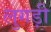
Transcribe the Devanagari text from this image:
लुगड़ी